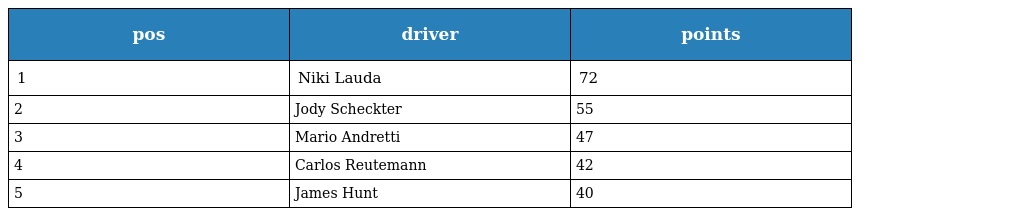
| pos | driver | points |
 | --- | --- | --- |
 | 1 | Niki Lauda | 72 |
 | 2 | Jody Scheckter | 55 |
 | 3 | Mario Andretti | 47 |
 | 4 | Carlos Reutemann | 42 |
 | 5 | James Hunt | 40 |